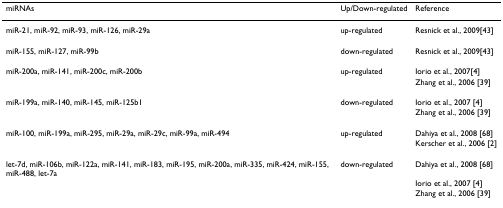
| miRNAs | Up/Down-regulated | Reference |
 | --- | --- | --- |
 | miR-21, miR-92, miR-93, miR-126, miR-29a | up-regulated | Resnick et al., 2009[43] |
 | miR-155, miR-127, miR-99b | down-regulated | Resnick et al., 2009[43] |
 | miR-200a, miR-141, miR-200c, miR-200b | up-regulated | Iorio et al., 2007[4] |
 |  |  | Zhang et al., 2006 [39] |
 | miR-199a, miR-140, miR-145, miR-125b1 | down-regulated | Iorio et al., 2007 [4] |
 |  |  | Zhang et al., 2006 [39] |
 | miR-100, miR-199a, miR-295, miR-29a, miR-29c, miR-99a, miR-494 | up-regulated | Dahiya et al., 2008 [68] |
 |  |  | Kerscher et al., 2006 [2] |
 | let-7d, miR-106b, miR-122a, miR-141, miR-183, miR-195, miR-200a, miR-335, miR-424, miR-155, miR-488, let-7a | down-regulated | Dahiya et al., 2008 [68] |
 |  |  | Iorio et al., 2007 [4] |
 |  |  | Zhang et al., 2006 [39] |